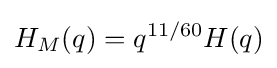
H_{M}(q)=q^{11/60}H(q)